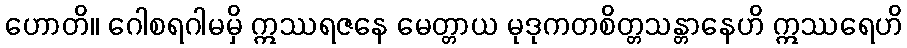
ဟောတိ။ ဂေါစရဂါမမှိ ဣဿရဇနေ မေတ္တာယ မုဒုကတစိတ္တသန္တာနေဟိ ဣဿရေဟိ